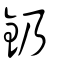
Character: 釢